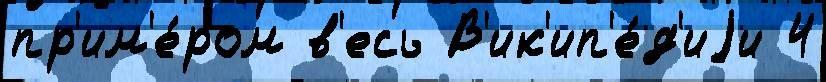
пр'им'е́ром в'есь В'ик'ип'е́д'иjи 4